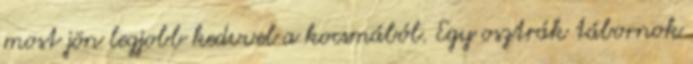
most jön legjobb kedvvel a kocsmából. Egy osztrák tábornok